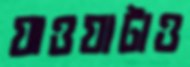
যাওয়াটাও